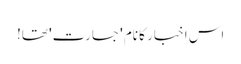
اس اخبار کا نام 'جسارت' تھا!